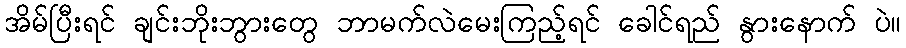
အိမ်ပြီးရင် ချင်းဘိုးဘွားတွေ ဘာမက်လဲမေးကြည့်ရင် ခေါင်ရည် နွားနောက် ပဲ။